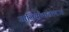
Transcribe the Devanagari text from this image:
जालियाँवालाबाग़